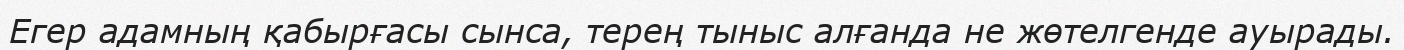
Егер адамның қабырғасы сынса, терең тыныс алғанда не жөтелгенде ауырады.